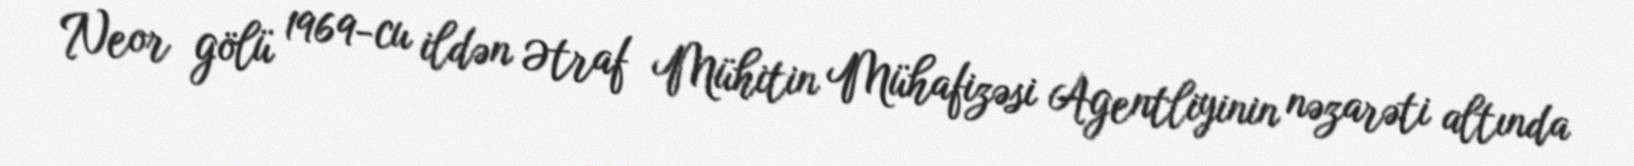
Neor gölü 1969-cu ildən Ətraf Mühitin Mühafizəsi Agentliyinin nəzarəti altında